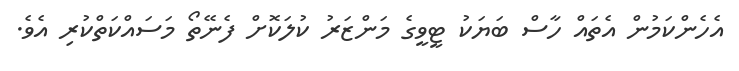
އެހެންކަމުން އެތައް ހާސް ބަޔަކު ޓީވީގެ މަންޒަރު ކުލަކޮށް ފެނޭތޯ މަސައްކަތްކުރި އެވެ.